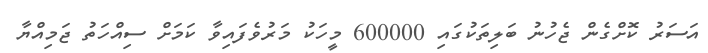
އަސަރު ކޮށްގެން ޖެހުނު ބަލިތަކުގައި 600000 މީހަކު މަރުވެފައިވާ ކަމަށް ސިއްހަތު ޖަމިއްޔާ